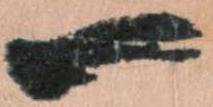
一